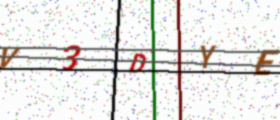
Text: V3DYE